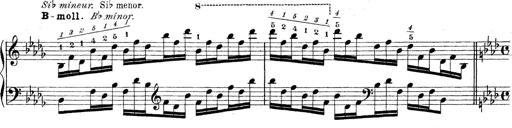
Title: Technische Studien
Composer: Franz Liszt